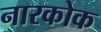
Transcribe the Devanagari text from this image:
नारकोक